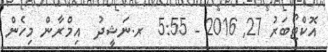
އޮކްޓޯބަރު 27